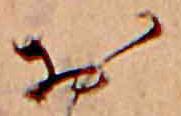
お